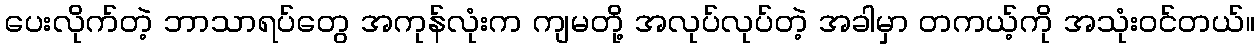
ပေးလိုက်တဲ့ ဘာသာရပ်တွေ အကုန်လုံးက ကျမတို့ အလုပ်လုပ်တဲ့ အခါမှာ တကယ့်ကို အသုံးဝင်တယ်။